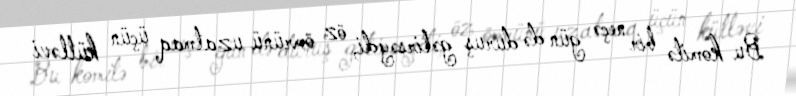
Bu komitə bir neçə gün də duruş gətirsəydi, öz ömrünü uzatmaq üçün kütləvi